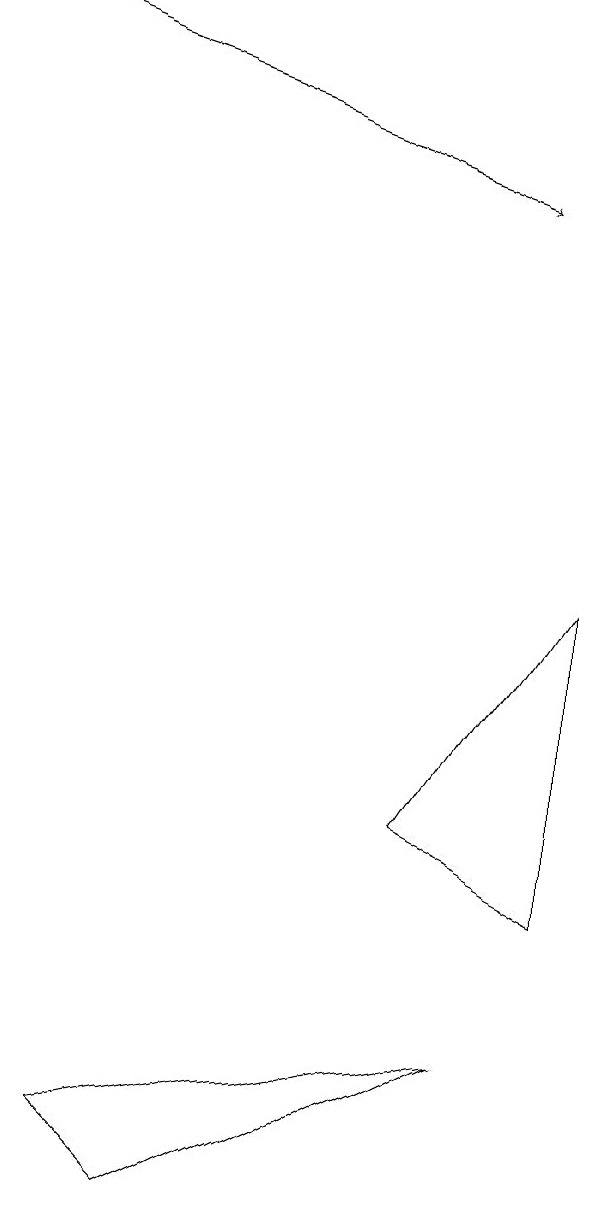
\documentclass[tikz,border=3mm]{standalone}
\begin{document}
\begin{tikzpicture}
\draw (5,6) -- (7,5) -- (7,9) -- cycle;
\draw[->] (0,16) -- (6,14);
\draw (6,3) -- (1,2) -- (2,1) -- cycle;
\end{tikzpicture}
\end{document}